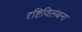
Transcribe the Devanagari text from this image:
दृष्टिविलंबना